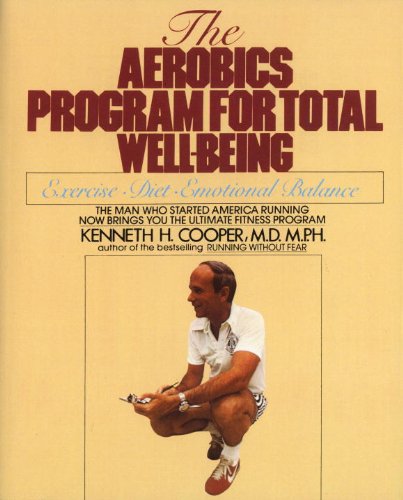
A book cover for Aerobics Program For Total Well-Being: Exercise, Diet , And Emotional Balance; Kenneth H. Cooper; Health, Fitness & Dieting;